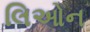
લિઓન